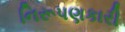
નિરૂપણકારી